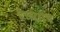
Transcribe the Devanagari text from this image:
हेल्मरीच